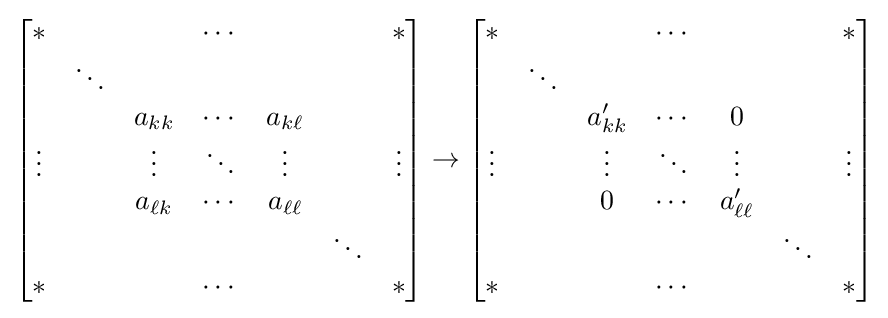
{\begin{bmatrix}{*}&&&\cdots &&&*\\&\ddots &&&&&\\&&a_{kk}&\cdots &a_{k\ell }&&\\\vdots &&\vdots &\ddots &\vdots &&\vdots \\&&a_{\ell k}&\cdots &a_{\ell \ell }&&\\&&&&&\ddots &\\{*}&&&\cdots &&&*\end{bmatrix}}\to {\begin{bmatrix}{*}&&&\cdots &&&*\\&\ddots &&&&&\\&&a'_{kk}&\cdots &0&&\\\vdots &&\vdots &\ddots &\vdots &&\vdots \\&&0&\cdots &a'_{\ell \ell }&&\\&&&&&\ddots &\\{*}&&&\cdots &&&*\end{bmatrix}}